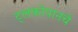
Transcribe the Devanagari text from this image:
ट्लकोपानचे